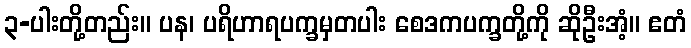
၃-ပါးတို့တည်း။ ပန၊ ပရိဟာရပက္ခမှတပါး စေဒကပက္ခတို့ကို ဆိုဦးအံ့။ ဧတံ